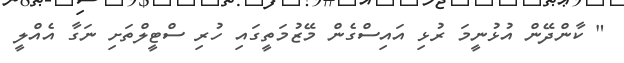
" ކާންދޭން އުޅުނީމަ ރުޅި އައިސްގެން މޭޒުމަތީގައި ހުރި ސްޓީލްތަށި ނަގާ އެއްލީ